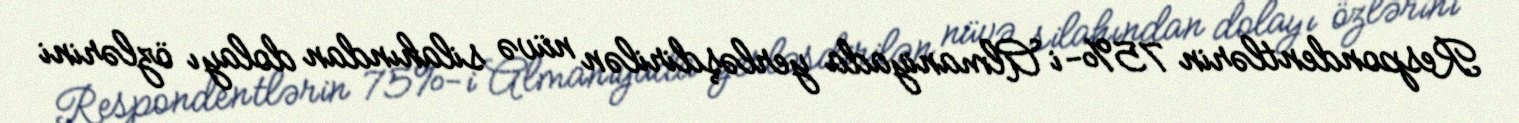
Respondentlərin 75%-i Almaniyada yerləşdirilən nüvə silahından dolayı özlərini